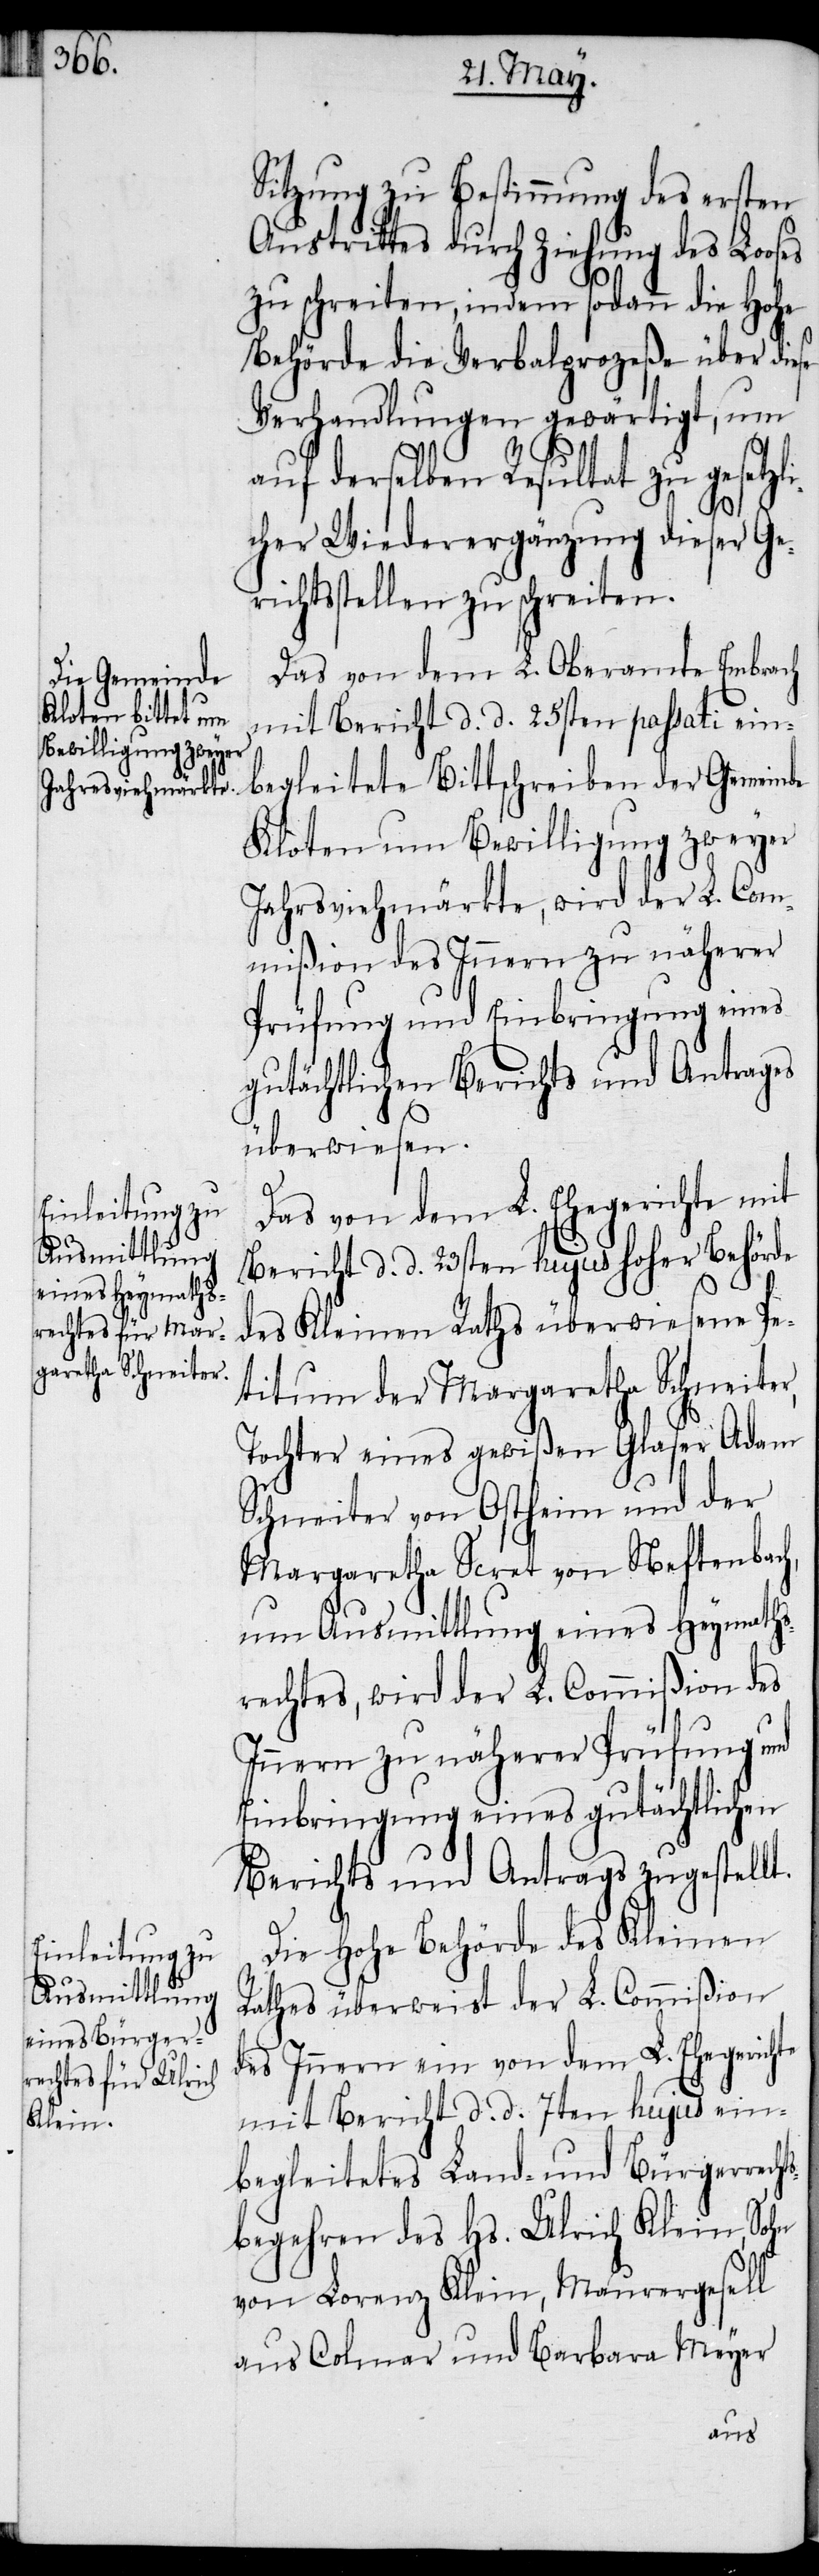
li¬

Sitzung zu Bestimmung des ersten
Austrittes durch Ziehung des Looses
zu schreiten, indem sodann die Hohe
Behörde die Verbalprozeße über diese
Verhandlungen gewärtigt, um
auf derselben Resultat zu gesetz¬
cher Wiederergänzung dieser Ger¬
ichtsstellen zu schreiten.
Das von dem L. Oberamte Embrach
mit Bericht d. d. 25sten passati ein¬
begleitete Bittschreiben der Gemeinde
Kloten um Bewilligung zweyer
Jahrsviehmärkte, wird der L. Com¬
mißion des Innern zu näherer
Prüfung und Einbringung eines
gutächtlichen Berichts und Antrages
überwiesen.
Das von dem L. Ehegerichte mit
Bericht d. d. 23sten hujus hoher Behörde
des Kleinen Raths überwiesene Pe¬
titum der Margaretha Schneiter,
Tochter eines gewißen Glaser Adam
Schneiter von Ostheim und der
Margaretha Scret von Neftenbach,
um Ausmittlung eines Heymaths¬
rechtes, wird der L. Commißion des
Innern zu näherer Prüfung und
Einbringung eines gutächtlichen
Berichts und Antrags zugestellt.
Die Hohe Behörde des Kleinen
Rathes überweist der L. Commißion
des Innern ein von dem L. Ehegerichte
mit Bericht d. d. 7ten hujus ein¬
begleitetes Land- und Bürgerrecht¬
sbegehren des Hs. Ulrich Klein, Sohn
von Lorenz Klein, Maurergesell
aus Colmar und Barbara Meyer